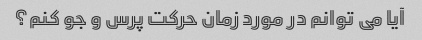
آیا می توانم در مورد زمان حرکت پرس و جو کنم؟